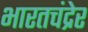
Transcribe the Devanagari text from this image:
भारतचंद्रेर